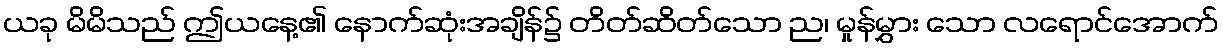
ယခု မိမိသည် ဤယနေ့၏ နောက်ဆုံးအချိန်၌ တိတ်ဆိတ်သော ည၊ မှုန်မွှား သော လရောင်အောက်